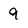
Character: 9